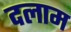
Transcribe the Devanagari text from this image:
दलाम